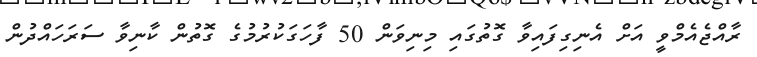
ރާއްޖެއެމްވީ އަށް އެނިގިފައިވާ ގޮތުގައި މިނިވަން 50 ފާހަގަކުރުމުގެ ގޮތުން ކާނިވާ ސަރަހައްދުން